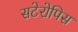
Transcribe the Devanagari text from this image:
सटेरोपिस